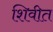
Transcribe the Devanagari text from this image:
शिवीत